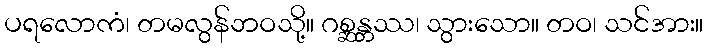
ပရလောကံ၊ တမလွန်ဘဝသို့။ ဂစ္ဆန္တဿ၊ သွားသော။ တဝ၊ သင်အား။